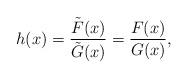
LaTeX: \begin{align*}h(x) = {\tilde F(x)\over \tilde G(x)} = {F(x) \over G (x)},\end{align*}